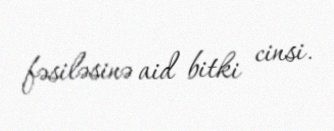
fəsiləsinə aid bitki cinsi.